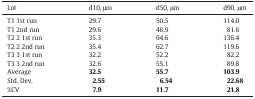
| Lot | d10, μm | d50, μm | d90, μm |
 | --- | --- | --- | --- |
 | T1 1st run | 29.7 | 50.5 | 114.0 |
 | T1 2nd run | 29.6 | 48.9 | 81.6 |
 | T2 2 1st run | 35.3 | 64.6 | 136.4 |
 | T2 2 2nd run | 35.4 | 62.7 | 119.6 |
 | T3 3 1st run | 32.2 | 52.2 | 82.2 |
 | T3 3 2nd run | 32.6 | 55.1 | 89.8 |
 | Average | 32.5 | 55.7 | 103.9 |
 | Std. Dev. | 2.55 | 6.54 | 22.68 |
 | %CV | 7.9 | 11.7 | 21.8 |